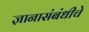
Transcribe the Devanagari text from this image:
ज्ञानासंबंधीचे